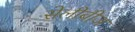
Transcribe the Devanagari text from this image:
सेलीबीज